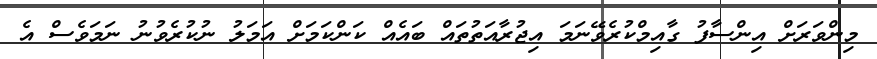
މިންވަރަށް އިންސާފު ގާއިމްކުރެވޭނަމަ އިޖުރާއަތުތައް ބައެއް ކަންކަމަށް އަމަލު ނުކުރެވުނު ނަމަވެސް އެ